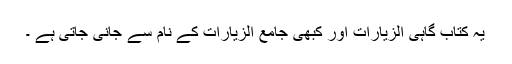
یہ کتاب گاہی الزیارات اور کبھی جامع الزیارات کے نام سے جانی جاتی ہے ۔